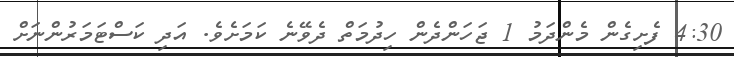
4:30 ފެށިގެން މެންދަމު 1 ޖަހަންދެން ހިދުމަތް ދެވޭނެ ކަމަށެވެ. އަދި ކަސްޓަމަރުންނަށް